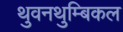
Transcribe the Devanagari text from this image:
थुवनथुम्बिकल